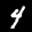
Label: 4